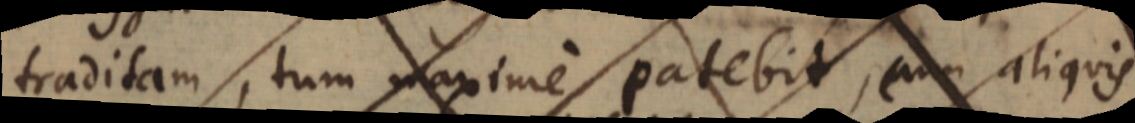
traditam, tum maxime patebit, cum aliquis